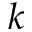
k